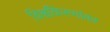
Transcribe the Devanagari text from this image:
विश्वकिरणांवर